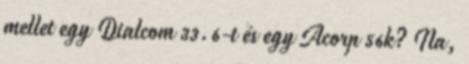
mellet egy Dialcom 33.6-t és egy Acorp 56k? Na,